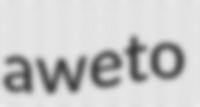
aweto